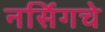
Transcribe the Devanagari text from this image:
नर्सिगचे